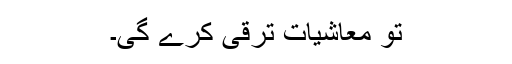
تو معاشیات ترقی کرے گی۔